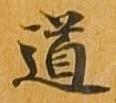
道